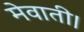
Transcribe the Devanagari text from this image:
मेवाती।